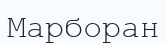
Марборан